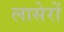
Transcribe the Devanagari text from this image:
लासेरों